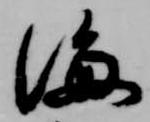
海